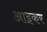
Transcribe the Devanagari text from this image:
आइकर